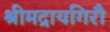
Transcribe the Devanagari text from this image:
श्रीमद्रायगिरौ